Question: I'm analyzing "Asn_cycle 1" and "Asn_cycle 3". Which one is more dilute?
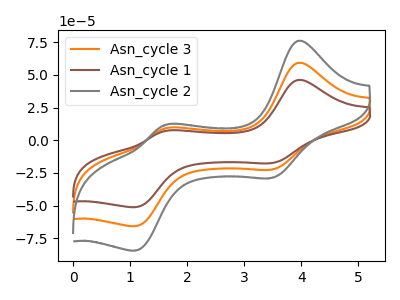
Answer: <think>The orange curve "Asn_cycle 3" has anodic peaks at (3.95V, 59.05uA) (1.60V, 8.95uA) and cathodic peaks at (3.50V, -22.45uA) (1.10V, -65.60uA). The brown curve "Asn_cycle 1" has anodic peaks at (3.95V, 46.00uA) (1.60V, 6.95uA) and cathodic peaks at (3.50V, -17.50uA) (1.10V, -51.10uA). The gray curve "Asn_cycle 2" has anodic peaks at (3.95V, 118.10uA) (1.60V, 17.85uA) and cathodic peaks at (3.50V, -44.90uA) (1.10V, -131.20uA).
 All the peaks in "Asn_cycle 1" have a peak in "Asn_cycle 3" at the same potential. Every peak in "Asn_cycle 1" is lower than every peak in "Asn_cycle 3".</think>
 <answer>"Asn_cycle 1" has less signal than "Asn_cycle 3" and so likely has a lower concentration.</answer>
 <eval>less_concentration</eval>